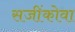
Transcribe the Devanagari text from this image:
सजींकोवा